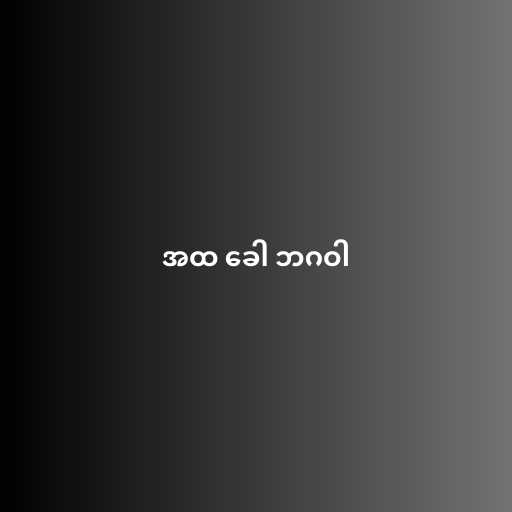
အထ ခေါ ဘဂဝါ